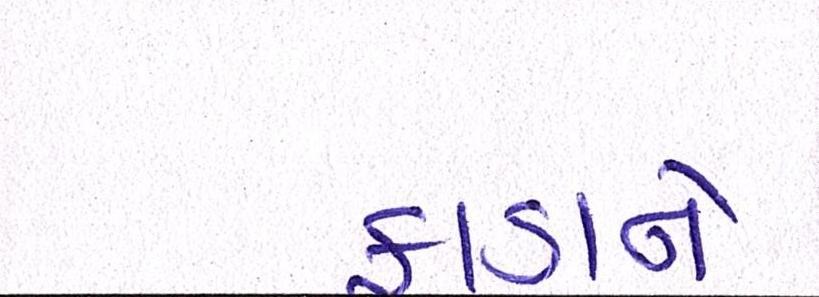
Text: ફાડાને